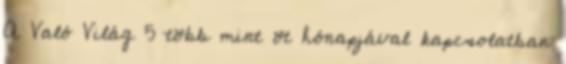
A Való Világ 5 több mint öt hónapjával kapcsolatban